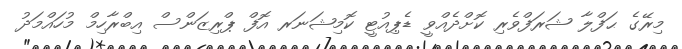
މިރޭގެ ޙަފްލާ ޝަރަފްވެރި ކޮށްދެއްވީ ޑެޕިއުޓީ ކޮމިޝަނަރ އޮފް ޕްރިޒަންސް އިބްރާހިމް މުހައްމަދު